18_6369445_General_1948_Vol_1
Agency: Department of War
Incident date: 6/15/48
Page 11
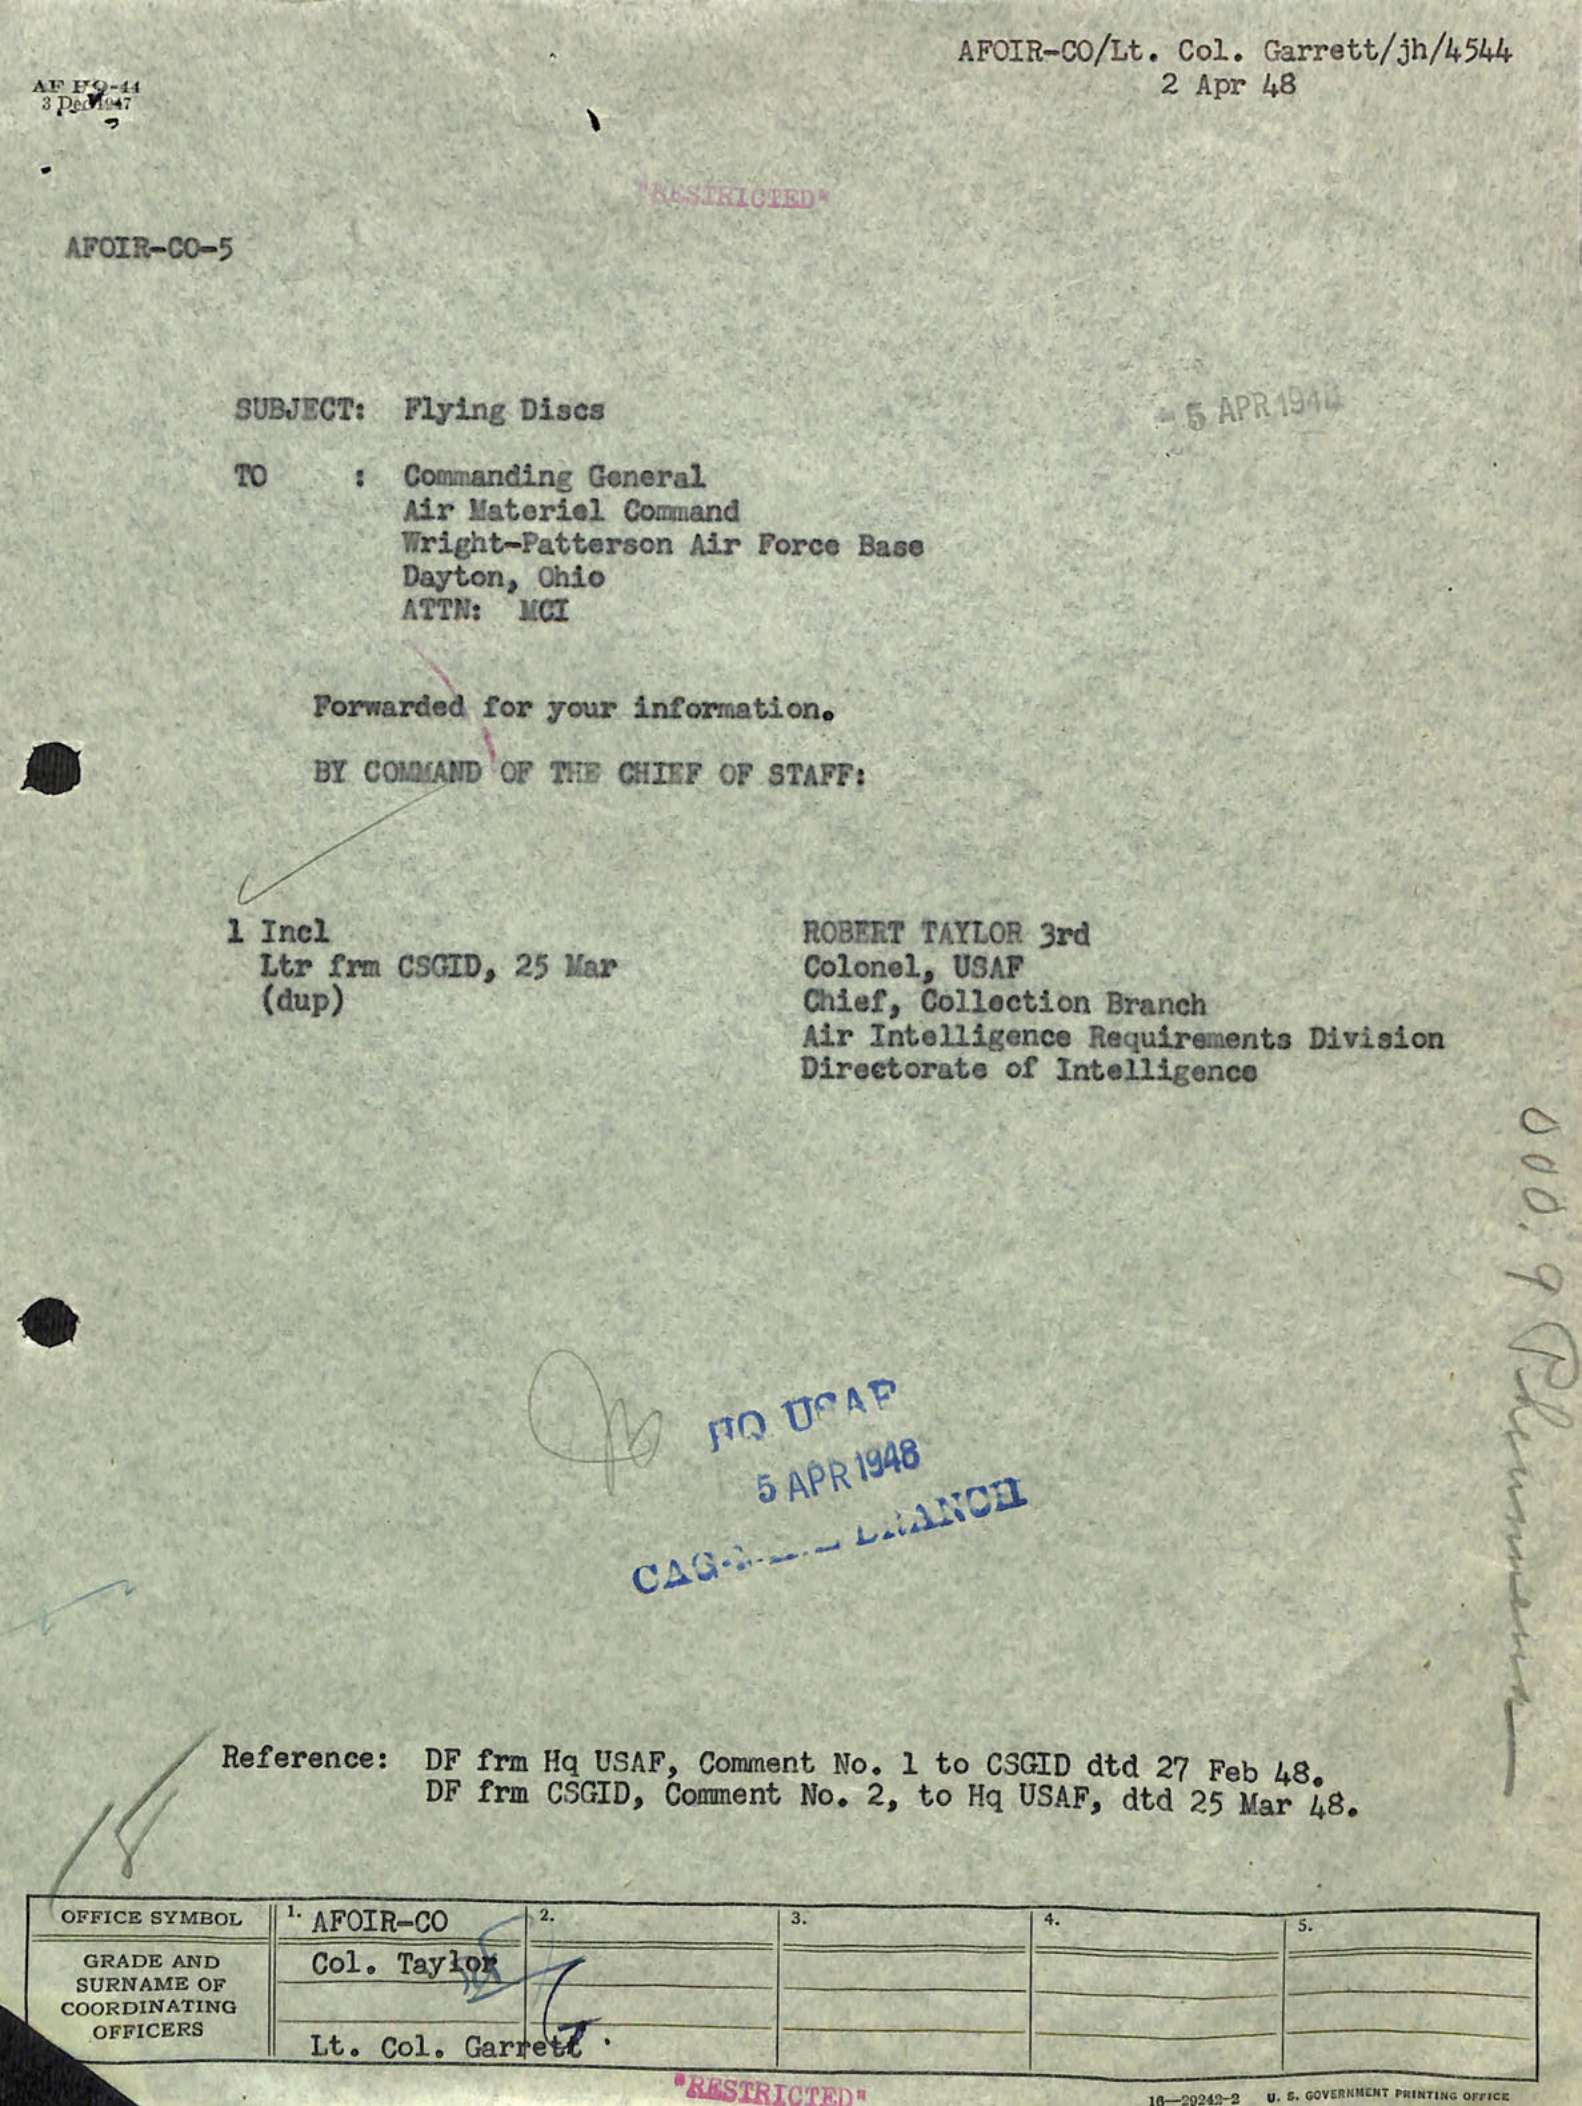